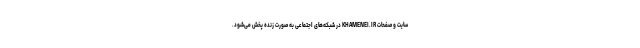
سایت و صفحات KHAMENEI.IR در شبکه‌های اجتماعی به صورت زنده پخش می‌شود.